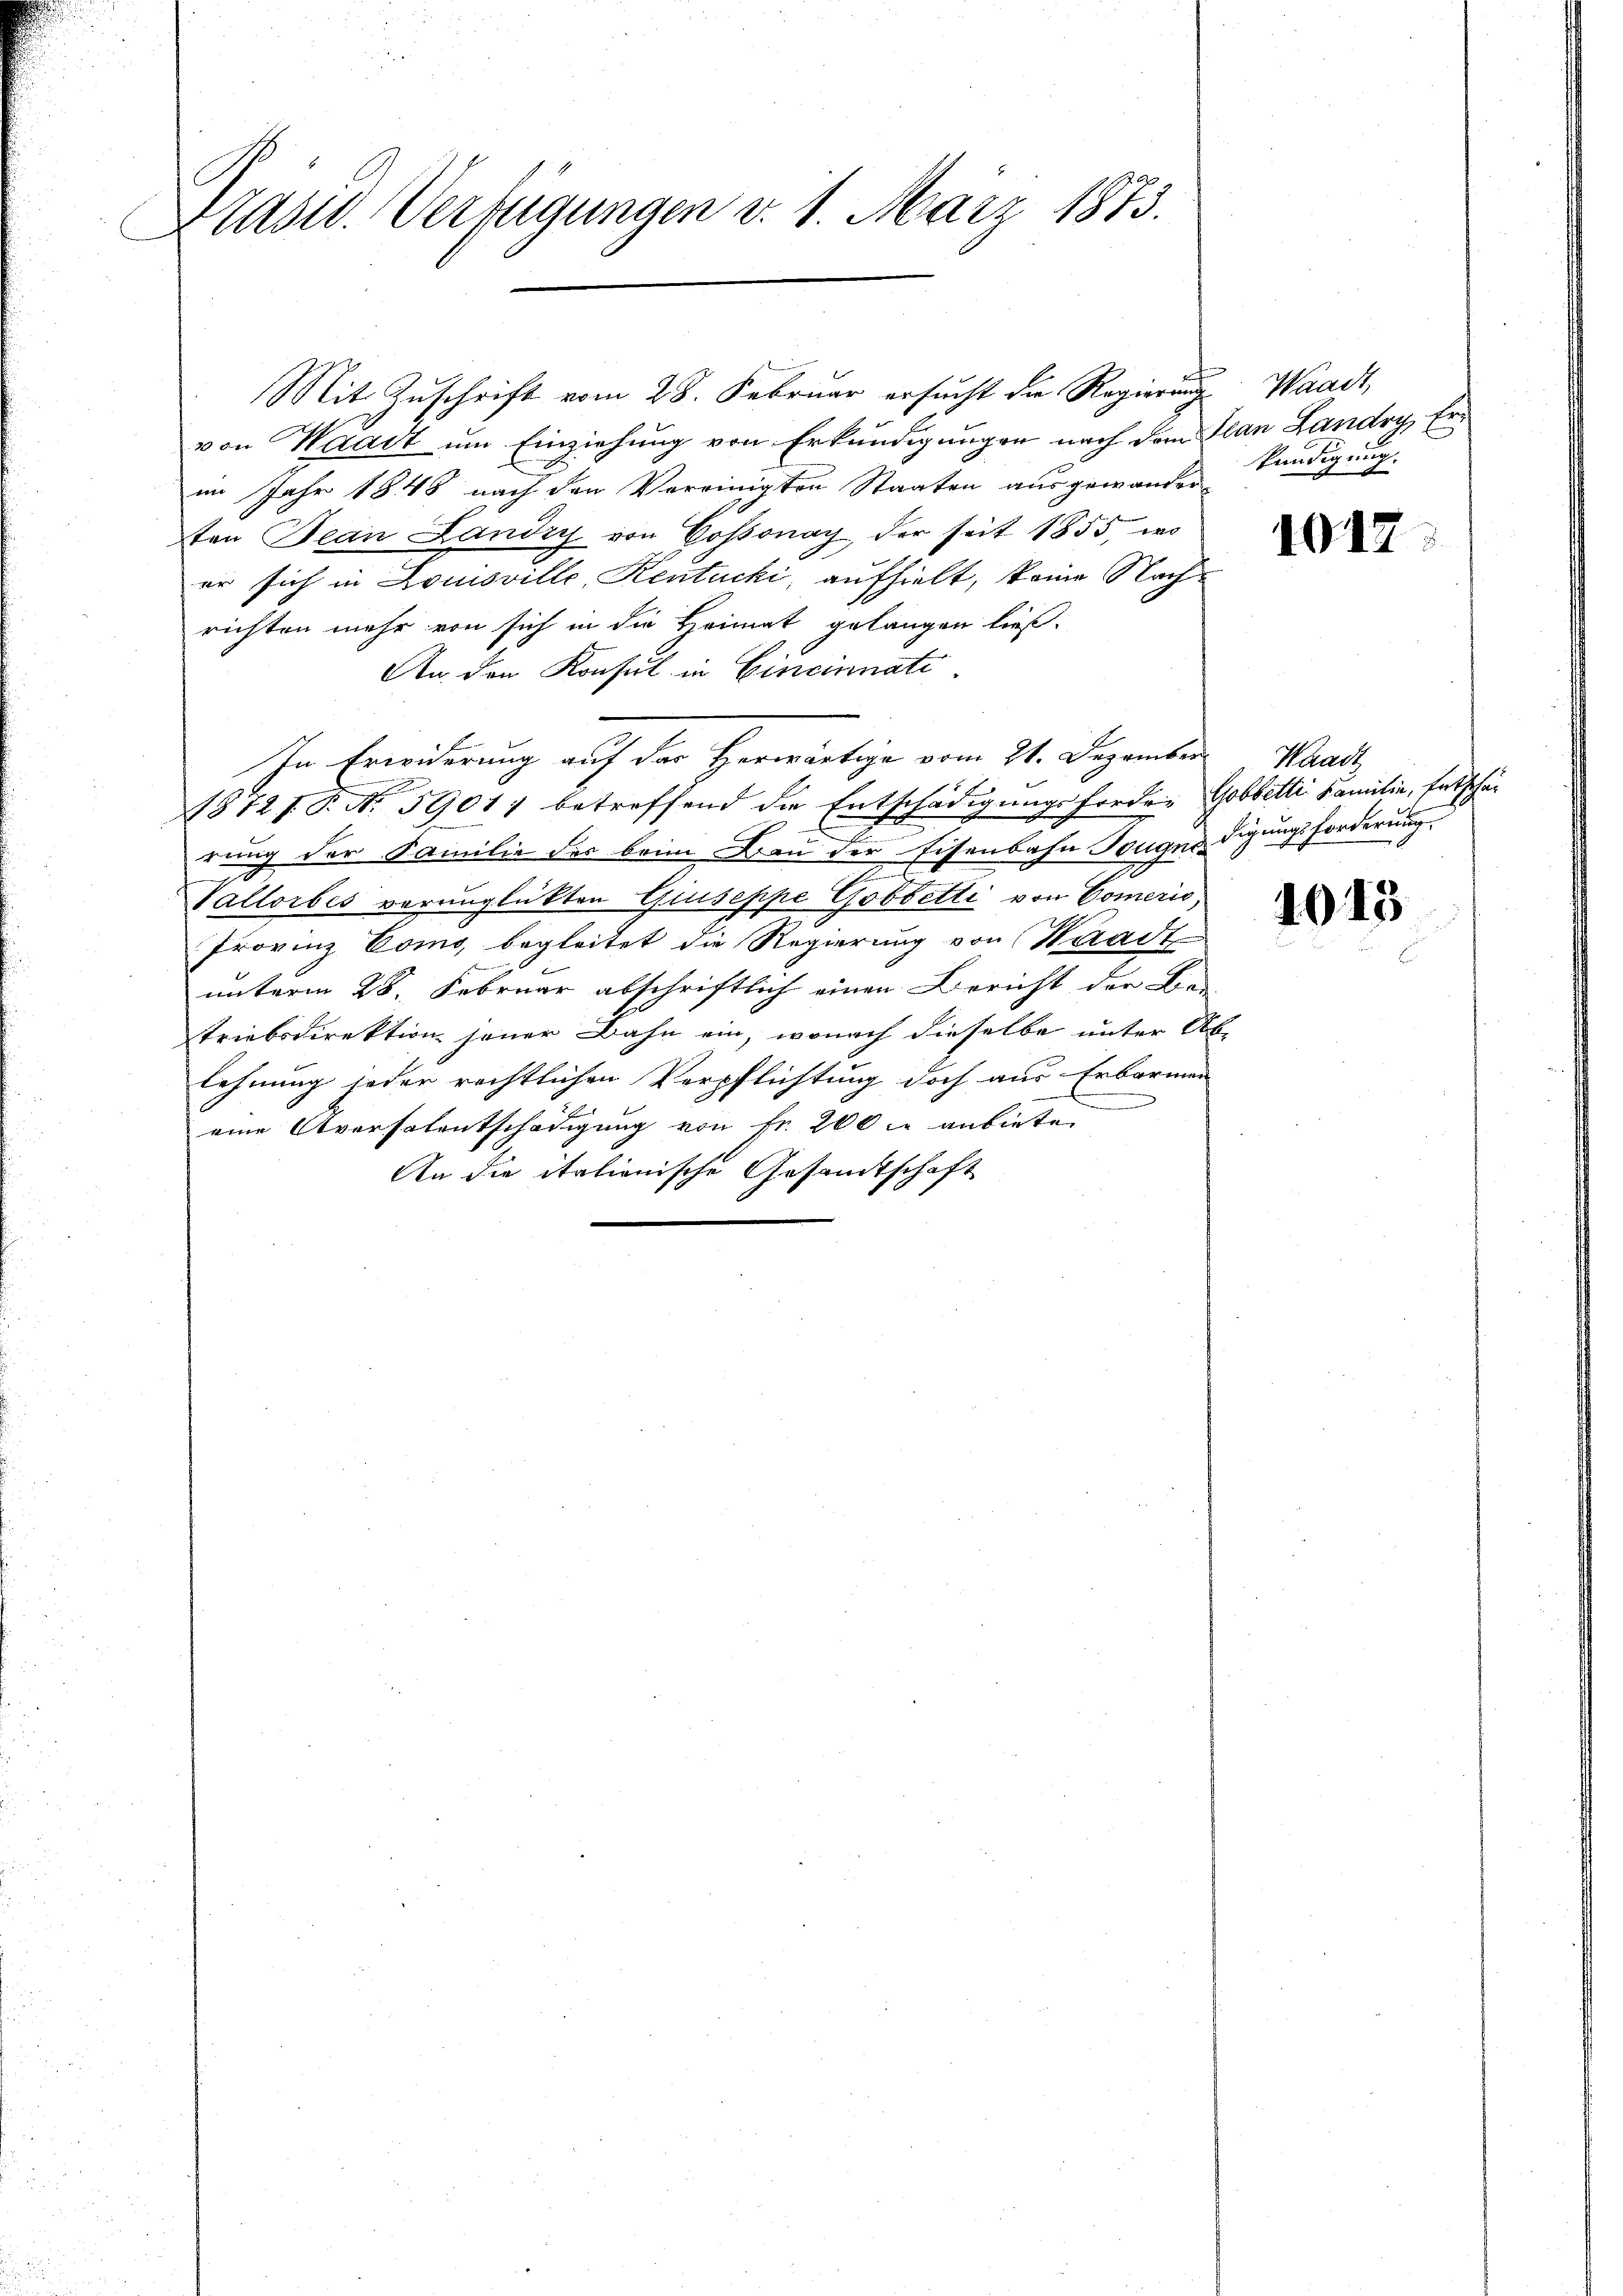
Präsid. Verfügungen v. 1. März 1873.

Mit Zŭschrift vom 28. Februar ersŭcht die Regierŭng Waadt,
von Waadt um Einziehung von Erkundigungen nach dem Plan Landry, Erim Jahr 1848 nach den Vereinigten Staaten ausgewanden Kündigung.
ten Bean Landry von Cossonay, der seit 1855, wo
er sich in Louisville, Kentucki, aufhielt, keine Nachrichten mehr von sich in die Heimat gelangen ließ.
An den Konsul in Cincinnati
e
18721. P. No. 5901) betreffend die Entschädigungsforder Gobbetti Familie, Entschärung der Familie der beim Bau der Eisenbahn Tauges digungsforderung
n
Vallorbes verunglückten Giuseppe Gobbetti von Comeris,
Provinz Como, begleitet die Regierung von Waadt
unterm 28. Februar abschriftlich einen Bericht der Be-
triebsdirektion jener Bahn ein, wonach dieselbe unter Ab-
lehnung jeder rechtlichen Verpflichtung doch aus Erbarmen
n
eine Aversalentschädigung von Fr. 200 l. anbieten
An die italienische Gesamtschaft

In Erwiderung auf der Herwärtige vom 21. Dezember Waadt,

1017.

1013